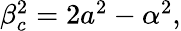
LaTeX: \begin{array}{r}{\beta_{c}^{2}=2a^{2}-\alpha^{2},}\end{array}